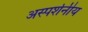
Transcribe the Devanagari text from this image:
अस्पर्शनीय